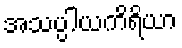
အသပ္ပါယကိရိယာ